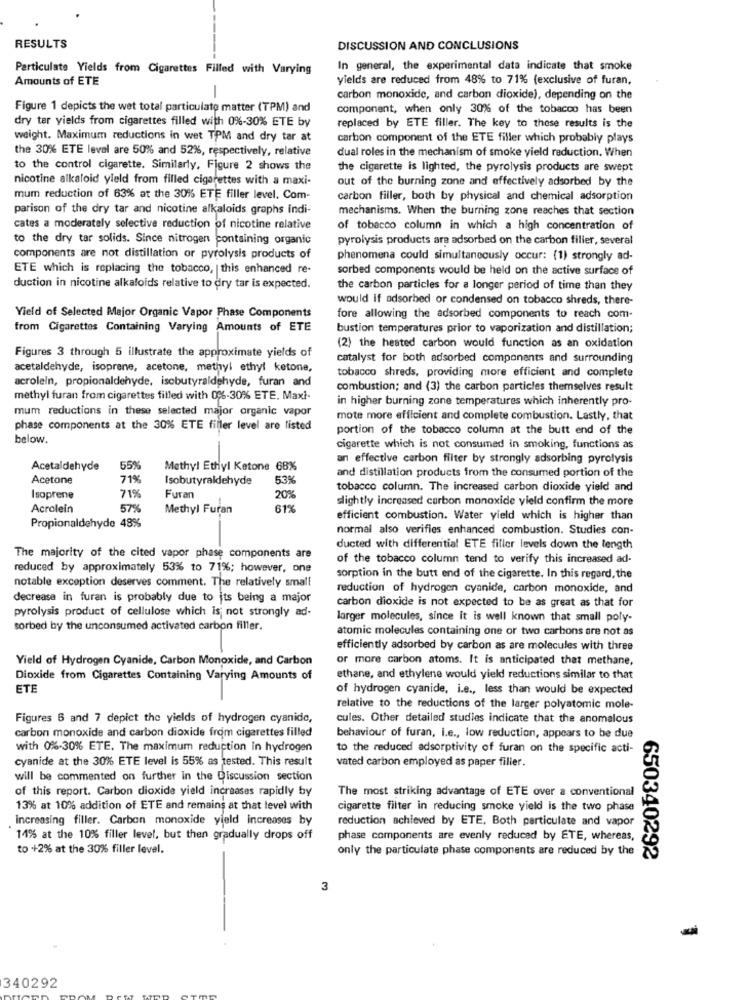
RESULTS
DISCUSSION AND CONCLUSIONS
Particulate Yields from Cigarettes Filled with Varying
In general, the experimental data indicate that smoke
Amounts of ETE
yields are reduced from 48% to 71% (exclusive of furan,
-
carbon monoxide, and carbon dioxide), depending on the
Figure 1 depicts the wet total particulate matter (TPM) and
component, when only 30% of the tobacco has been
dry ter yields from cigarettes filled with 0%-30% ETE by
replaced by ETE filler. The key to these results is the
weight. Maximum reductions in wet TPM and dry tar at
carbon component of the ETE filler which probably plays
the 30% ETE level are 50% and 52%, respectively, relative
dual roles in the mechanism of smoke yield reduction. When
to the control cigarette. Similarly, Figure 2 shows the
the cigarette is lighted, the pyrolysis products are swept
nicotine alkaloid yield from filled cigarettes with a maxi-
out of the burning zone and effectively adsorbed by the
mum reduction of 63% at the 30% ETE filler level. Com-
carbon filler, both by physical and chemical adsorption
parison of the dry tar and nicotine alkaloids graphs indi-
mechanisms. When the burning zone reaches that section
cates a moderately selective reduction of nicotine relative
of tobacco column in which a high concentration of
to the dry tar solids. Since nitrogen containing organic
pyrolysis products are adsorbed on the carbon filler, several
components are not distillation or pyrolysis products of
phenomena could simultaneously occur: (1) strongly ad-
ETE which is replacing the tobacco, | this enhanced re-
sorbed components would be held on the active surface of
duction in nicotine alkaloids relative to dry tar is expected.
the carbon particles for a longer period of time than they
would if adsorbed or condensed on tobacco shreds, there-
Yield of Selected Major Organic Vapor Phase Components
fore allowing the adsorbed components to reach com-
from Cigarettes Containing Varying Amounts of ETE
bustion temperatures prior to vaporization and distillation;
(2) the heated carbon would function as an oxidation
Figures 3 through 5 illustrate the approximate yields of
catalyst for both adsorbed components and surrounding
acetaldehyde, isoprene, acetone, methyl ethyl ketone,
tobacco shreds, providing more efficient and complete
acrolein, propionaldehyde, isobutyraldehyde, furan and
combustion; and (3) the carbon particles themselves result
methyl furan from cigarettes filled with 0%-30% ETE. Maxi-
in higher burning zone temperatures which inherently pro-
mum reductions in these selected major organic vapor
mote more efficient and complete combustion. Lastly, that
phase components at the 30% ETE filler level are listed
portion of the tobacco column at the butt end of the
below.
cigarette which is not consumed in smoking, functions as
an effective carbon filter by strongly adsorbing pyrolysis
Acetaldehyde
55%
Methyl Ethyl Ketone 68%
Acetone
71%
Isobutyraldehyde
53%
and distillation products from the consumed portion of the
71%
tobacco column. The increased carbon dioxide yield and
Isoprene
Furan
. 1
20%
slightly increased carbon monoxide yield confirm the more
Acrolein
57%
Methyl Furan
61%
efficient combustion. Water yield which is higher than
Propionaldehyde 48%
normal also verifies enhanced combustion. Studies con-
ducted with differential ETE filler levels down the length
The majority of the cited vapor phase components are
of the tobacco column tend to verify this increased ad
reduced by approximately 53% to 71%; however, one
notable exception deserves comment. The relatively small
sorption in the butt end of the cigarette. In this regard, the
reduction of hydrogen cyanide, carbon monoxide, and
decrease in furan is probably due to its being a major
carbon dioxide is not expected to be as great as that for
pyrolysis product of cellulose which is not strongly ad-
larger molecules, since it is well known that small poly-
sorbed by the unconsumed activated carbon filler.
atomic molecules containing one or two carbons are not as
efficiently adsorbed by carbon as are molecules with three
Yield of Hydrogen Cyanide, Carbon Monoxide, and Carbon
or more carbon atoms. It is anticipated that methane,
Dioxide from Cigarettes Containing Varying Amounts of
ethane, and ethylene would yield reductions similar to that
ETE
of hydrogen cyanide, i.e ., less than would be expected
relative to the reductions of the larger polyatomic mole-
Figures 6 and 7 depict the yields of hydrogen cyanide,
cules. Other detailed studies indicate that the anomalous
carbon monoxide and carbon dioxide from cigarettes filled
behaviour of furan, i.e ., low reduction, appears to be due
with 0%-30% ETE. The maximum reduction in hydrogen
to the reduced adsorptivity of furan on the specific acti-
cyanide at the 30% ETE level is 55% as tested. This result
vated carbon employed as paper filler.
will be commented on further in the Discussion section
of this report. Carbon dioxide yield increases rapidly by
The most striking advantage of ETE over a conventional
13% at 10% addition of ETE and remains at that level with
cigarette filter in reducing smoke yield is the two phase
increasing filler. Carbon monoxide yield increases by
reduction achieved by ETE, Both particulate and vapor
14% at the 10% filler level, but then gradually drops off
phase components are evenly reduced by ETE, whereas,
to +2% at the 30% filler level.
only the particulate phase components are reduced by the
650340292
3
-
340292